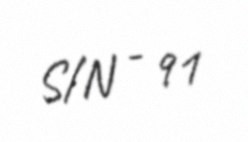
S/N - 91